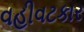
વહીવટકાર